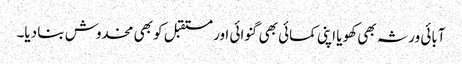
آبائی ورثہ بھی کھویا اپنی کمائی بھی گنوائی اور مستقبل کو بھی مخدوش بنا دیا۔